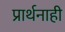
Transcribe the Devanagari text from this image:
प्रार्थनाही